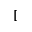
[